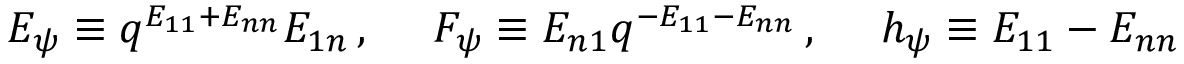
E _ { \psi } \equiv q ^ { E _ { 1 1 } + E _ { n n } } E _ { 1 n } \, , ~ ~ ~ ~ F _ { \psi } \equiv E _ { n 1 } q ^ { - E _ { 1 1 } - E _ { n n } } \, , ~ ~ ~ ~ h _ { \psi } \equiv E _ { 1 1 } - E _ { n n }